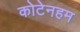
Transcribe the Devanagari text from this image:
कोटेनहम